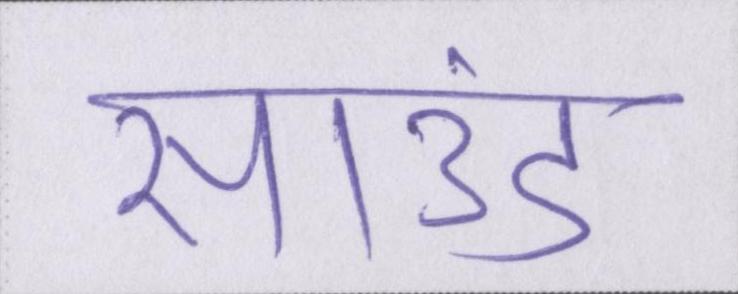
साउंड